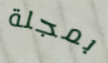
بمجلة